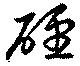
硜